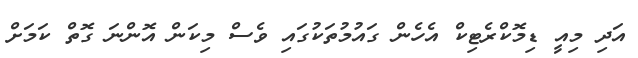
އަދި މިއީ ޑިމޮކްރެޓިކް އެހެން ގައުމުތަކުގައި ވެސް މިކަން އޮންނަ ގޮތް ކަމަށް